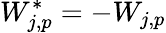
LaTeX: W_{j,p}^{*}=-W_{j,p}